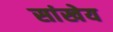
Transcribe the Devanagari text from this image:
सांखेय